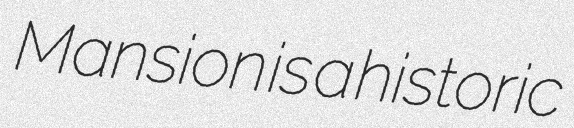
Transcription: Mansion is a historic